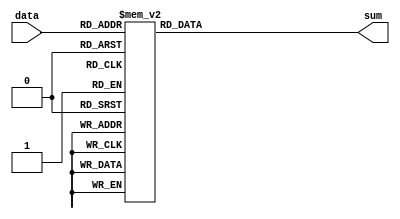
// Copyright 2011 Altera Corporation. All rights reserved.  
// Altera products are protected under numerous U.S. and foreign patents, 
// maskwork rights, copyrights and other intellectual property laws.  
//
// This reference design file, and your use thereof, is subject to and governed
// by the terms and conditions of the applicable Altera Reference Design 
// License Agreement (either as signed by you or found at www.altera.com).  By
// using this reference design file, you indicate your acceptance of such terms
// and conditions between you and Altera Corporation.  In the event that you do
// not agree with such terms and conditions, you may not use the reference 
// design file and please promptly destroy any copies you have made.
//
// This reference design file is being provided on an "as-is" basis and as an 
// accommodation and therefore all warranties, representations or guarantees of 
// any kind (whether express, implied or statutory) including, without 
// limitation, warranties of merchantability, non-infringement, or fitness for
// a particular purpose, are specifically disclaimed.  By making this reference
// design file available, Altera expressly does not recommend, suggest or 
// require that this reference design file be used in combination with any 
// other product not provided by Altera.
/////////////////////////////////////////////////////////////////////////////

`timescale 1 ps / 1 ps

// baeckler - 05-13-2005
//
//   Six input three output compressor (non-carry adder)
//
//	 Maps to 3 Stratix II six luts.  Use optimize = speed
//

module six_three_comp (data,sum);

input [5:0] data;
output [2:0] sum;

reg [2:0] sum /* synthesis keep */;

always @(data) begin
    case (data)
      0: sum=0;
      1: sum=1;
      2: sum=1;
      3: sum=2;
      4: sum=1;
      5: sum=2;
      6: sum=2;
      7: sum=3;
      8: sum=1;
      9: sum=2;
      10: sum=2;
      11: sum=3;
      12: sum=2;
      13: sum=3;
      14: sum=3;
      15: sum=4;
      16: sum=1;
      17: sum=2;
      18: sum=2;
      19: sum=3;
      20: sum=2;
      21: sum=3;
      22: sum=3;
      23: sum=4;
      24: sum=2;
      25: sum=3;
      26: sum=3;
      27: sum=4;
      28: sum=3;
      29: sum=4;
      30: sum=4;
      31: sum=5;
      32: sum=1;
      33: sum=2;
      34: sum=2;
      35: sum=3;
      36: sum=2;
      37: sum=3;
      38: sum=3;
      39: sum=4;
      40: sum=2;
      41: sum=3;
      42: sum=3;
      43: sum=4;
      44: sum=3;
      45: sum=4;
      46: sum=4;
      47: sum=5;
      48: sum=2;
      49: sum=3;
      50: sum=3;
      51: sum=4;
      52: sum=3;
      53: sum=4;
      54: sum=4;
      55: sum=5;
      56: sum=3;
      57: sum=4;
      58: sum=4;
      59: sum=5;
      60: sum=4;
      61: sum=5;
      62: sum=5;
      63: sum=6;
      default: sum=0;
    endcase
end

endmodule